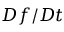
D f / D t